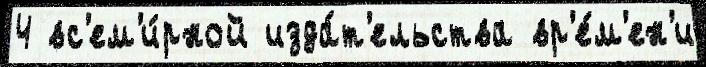
4 вс'ем'и́рной изда́т'ельства вр'е́м'ен'и